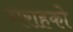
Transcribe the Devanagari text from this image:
गराहको